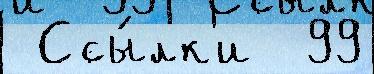
 Ссы́лк'и  99